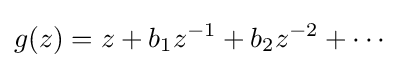
g(z)=z+b_{1}z^{-1}+b_{2}z^{-2}+\cdots